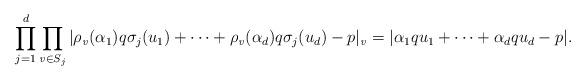
LaTeX: \begin{align*}\prod_{j=1}^d\prod_{\mathit{v}\in S_j}|\rho_\mathit{v}(\alpha_1)q \sigma_j(u_1)+\cdots+\rho_\mathit{v}(\alpha_d)q \sigma_j(u_d)-p|_\mathit{v}=|\alpha_1 q u_1+\cdots +\alpha_d q u_d-p|.\end{align*}